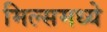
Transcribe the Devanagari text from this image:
मिल्समध्ये